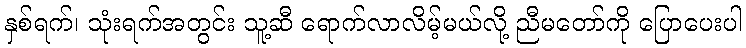
နှစ်ရက်၊ သုံးရက်အတွင်း သူ့ဆီ ရောက်လာလိမ့်မယ်လို့ ညီမတော်ကို ပြောပေးပါ